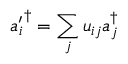
{ a _ { i } ^ { \prime } } ^ { \dagger } = \sum _ { j } u _ { i j } a _ { j } ^ { \dagger }